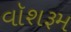
વૉશરૂમ